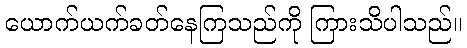
ယောက်ယက်ခတ်နေကြသည်ကို ကြားသိပါသည်။